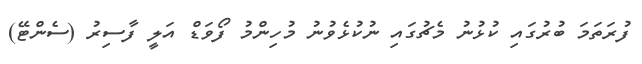
ފުރަތަމަ ބުރުގައި ކުޅުނު މެޗުގައި ނުކުޅެވުނު މުހިންމު ފޯވަޑް އަލީ ފާސިރު (ސެންޓޭ)